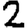
Digit: 2